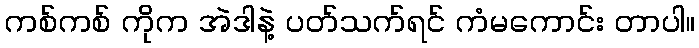
ကစ်ကစ် ကိုက အဲဒါနဲ့ ပတ်သက်ရင် ကံမကောင်း တာပါ။